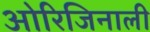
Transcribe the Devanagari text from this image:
ओरिजिनाली